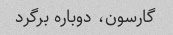
گارسون، دوباره برگرد